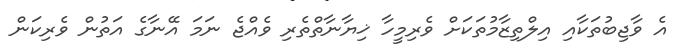
އެ ވާޖިބުތަކާއި އިލްތިޒާމުތަކަށް ވެރިމީހާ ޚިޔާނާތްތެރި ވެއްޖެ ނަމަ އޭނާގެ އަތުން ވެރިކަން